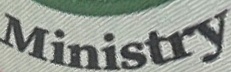
Ministry